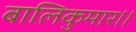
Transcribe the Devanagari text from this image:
बालिकुमार।।